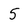
Character: 5